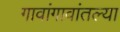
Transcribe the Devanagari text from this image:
गावांगावांतल्या